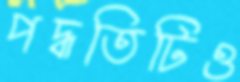
পদ্ধতিটিও